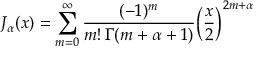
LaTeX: J _ { \alpha } ( x ) = \sum _ { m = 0 } ^ { \infty } { \frac { ( - 1 ) ^ { m } } { m ! \, \Gamma ( m + \alpha + 1 ) } } { \left( { \frac { x } { 2 } } \right) } ^ { 2 m + \alpha }